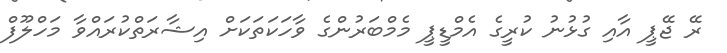
ރޭ ޖޭޕީ އާއި ގުޅުނު ކުރީގެ އެމްޑީޕީ މެމްބަރުންގެ ވާހަކަތަކަށް އިޝާރަތްކުރައްވާ މަހްލޫފް